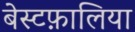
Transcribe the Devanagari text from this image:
बेस्टफ़ालिया